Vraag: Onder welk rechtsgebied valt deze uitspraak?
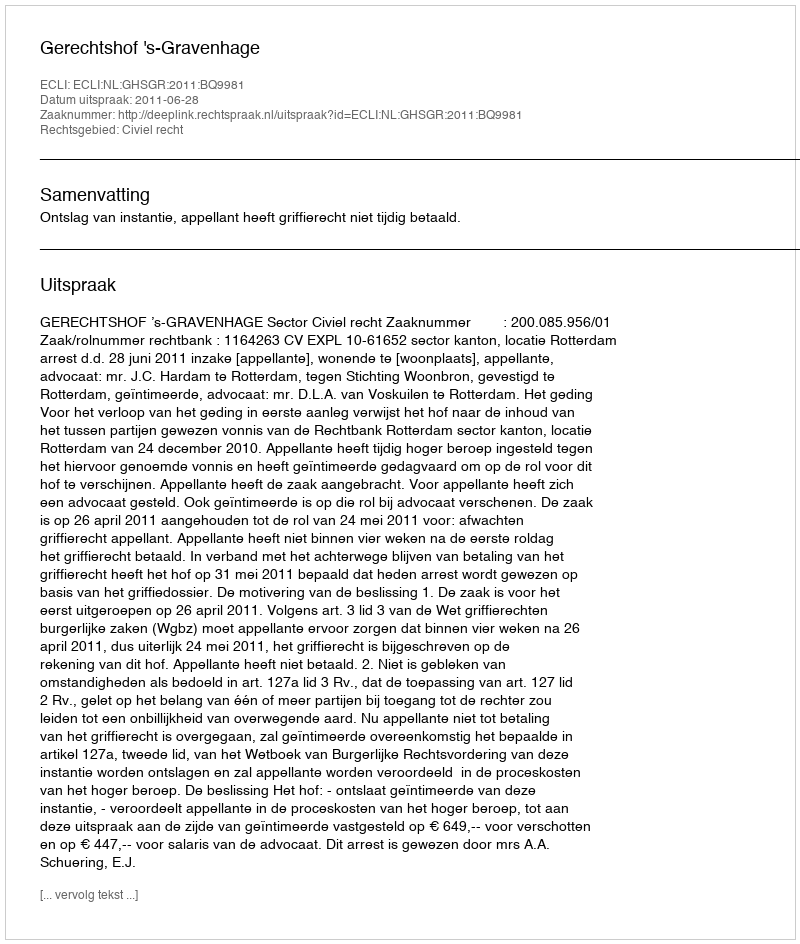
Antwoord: Civiel recht